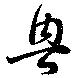
興